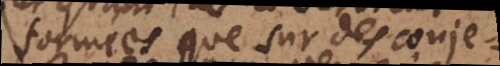
formées que sur des conjectures